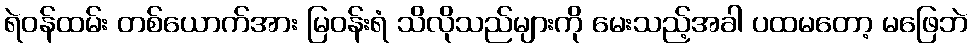
ရဲဝန်ထမ်း တစ်ယောက်အား မြဝန်းရံ သိလိုသည်များကို မေးသည့်အခါ ပထမတော့ မဖြေဘဲ